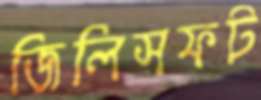
জিলিসফট